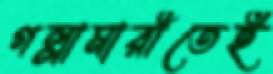
গল্লামারীতেই